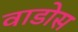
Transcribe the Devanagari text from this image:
वाडोस